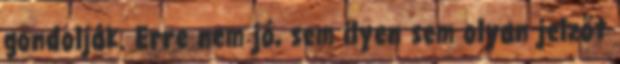
gondolják. Erre nem jó, sem ilyen sem olyan jelzőt